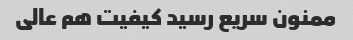
ممنون سریع رسید کیفیت هم عالی